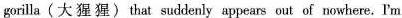
gorilla(大猩猩)that suddenly appears out of nowhere.I'm